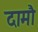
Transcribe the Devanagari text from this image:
दामौ